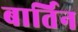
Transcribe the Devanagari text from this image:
बार्तिन